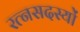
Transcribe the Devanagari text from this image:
रत्नसदस्यों